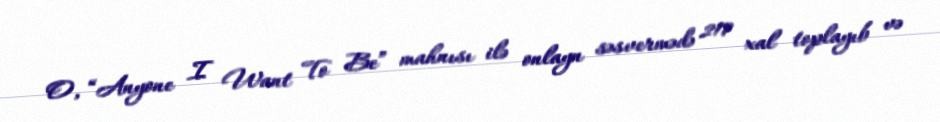
O, “Anyone I Want To Be” mahnısı ilə onlayn səsvermədə 217 xal toplayıb və